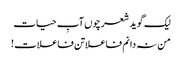
لیک گوید شعر چوں آبِ حیات
من نہ دانم فاعلاتن فاعلات !